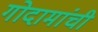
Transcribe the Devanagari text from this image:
गोदामांची